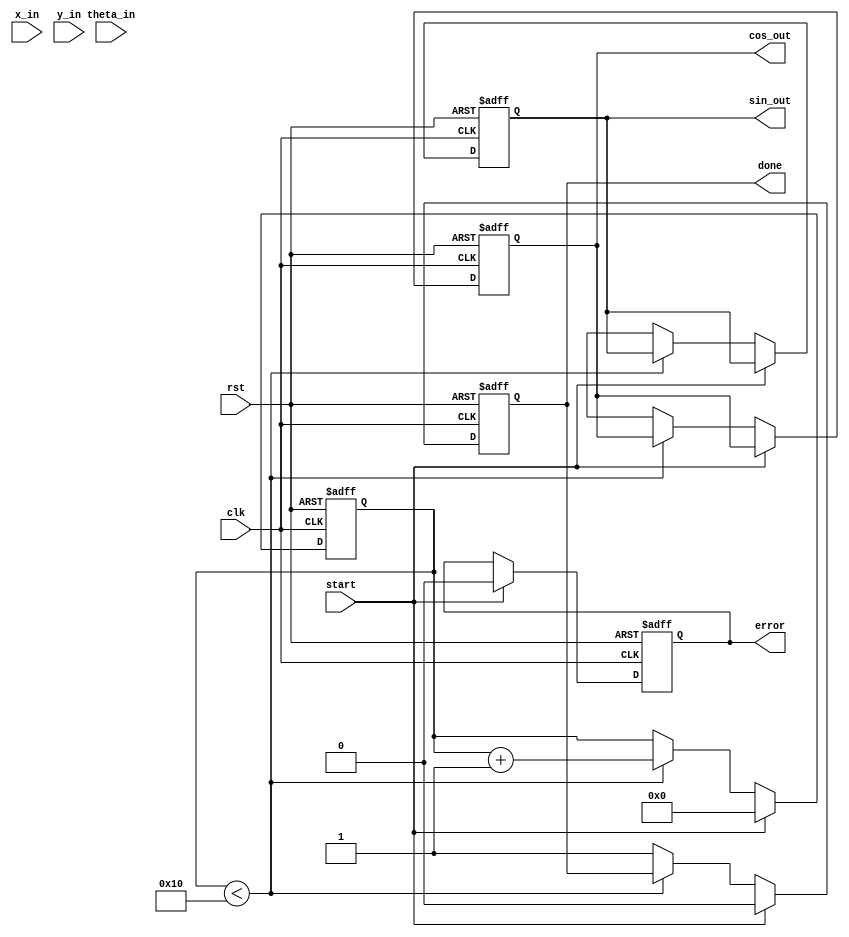
module cordic_floating_point (
    input wire clk,
    input wire rst,
    input wire start,
    input wire [31:0] x_in, // IEEE 754 single precision
    input wire [31:0] y_in, // IEEE 754 single precision
    input wire [31:0] theta_in, // Angle in radians (IEEE 754)
    output reg [31:0] cos_out, // Output cosine value
    output reg [31:0] sin_out, // Output sine value
    output reg done,
    output reg error
);

    // CORDIC parameters
    parameter NUM_ITERATIONS = 16; // Number of iterations
    reg [31:0] x [0:NUM_ITERATIONS-1]; // X coordinates
    reg [31:0] y [0:NUM_ITERATIONS-1]; // Y coordinates
    reg [31:0] theta [0:NUM_ITERATIONS-1]; // Angles
    reg [31:0] z; // Current angle
    reg [4:0] iteration; // Iteration counter
    reg [31:0] atan_table [0:NUM_ITERATIONS-1]; // Lookup table for arctangent values

    // Initialize arctangent values (in radians)
    initial begin
        atan_table[0] = 32'h00000000; // atan(2^0)
        atan_table[1] = 32'h3F19999A; // atan(2^-1)
        atan_table[2] = 32'h3E4CCCCD; // atan(2^-2)
        atan_table[3] = 32'h3D8D8D8D; // atan(2^-3)
        // Continue filling the table for more iterations...
    end

    // CORDIC computation
    always @(posedge clk or posedge rst) begin
        if (rst) begin
            iteration <= 0;
            done <= 0;
            error <= 0;
            cos_out <= 0;
            sin_out <= 0;
        end else if (start) begin
            // Initialize inputs
            x[0] <= x_in;
            y[0] <= y_in;
            z <= theta_in;
            iteration <= 0;
            done <= 0;
            error <= 0;
        end else if (iteration < NUM_ITERATIONS) begin
            // CORDIC rotation logic
            if (z < 0) begin
                // Rotate clockwise
                x[iteration + 1] <= x[iteration] + (y[iteration] >> iteration);
                y[iteration + 1] <= y[iteration] - (x[iteration] >> iteration);
                z <= z + atan_table[iteration];
            end else begin
                // Rotate counter-clockwise
                x[iteration + 1] <= x[iteration] - (y[iteration] >> iteration);
                y[iteration + 1] <= y[iteration] + (x[iteration] >> iteration);
                z <= z - atan_table[iteration];
            end
            iteration <= iteration + 1;
        end else begin
            // Final output
            cos_out <= x[NUM_ITERATIONS];
            sin_out <= y[NUM_ITERATIONS];
            done <= 1;
        end
    end

endmodule